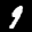
Label: 9